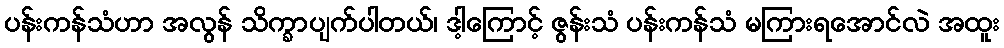
ပန်းကန်သံဟာ အလွန် သိက္ခာပျက်ပါတယ်၊ ဒါ့ကြောင့် ဇွန်းသံ ပန်းကန်သံ မကြားရအောင်လဲ အထူး